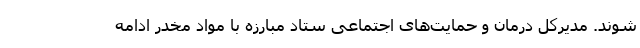
‌شوند. مدیرکل درمان و حمایت‌های اجتماعی ستاد مبارزه با مواد مخدر ادامه